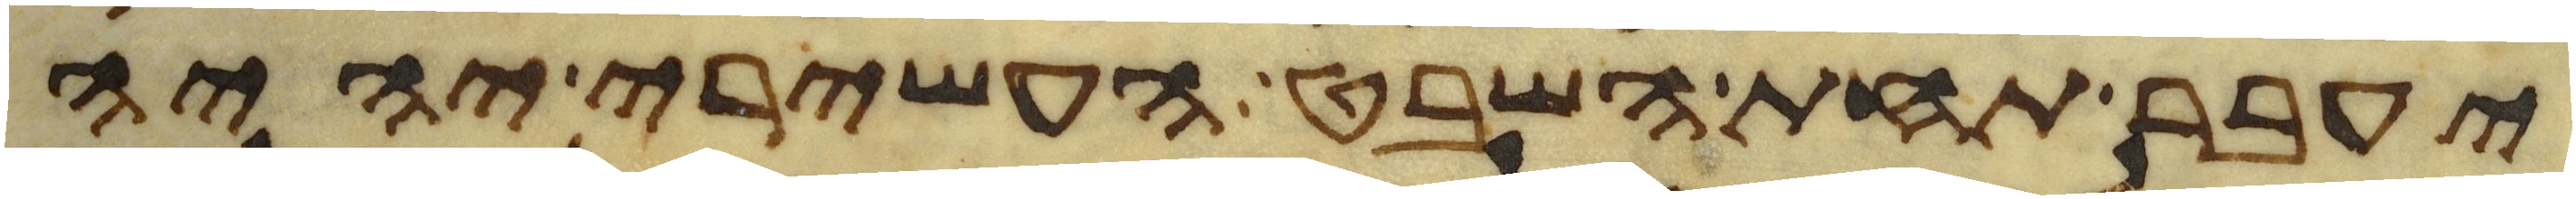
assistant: יעבר תחת השבט העשירי יהיה